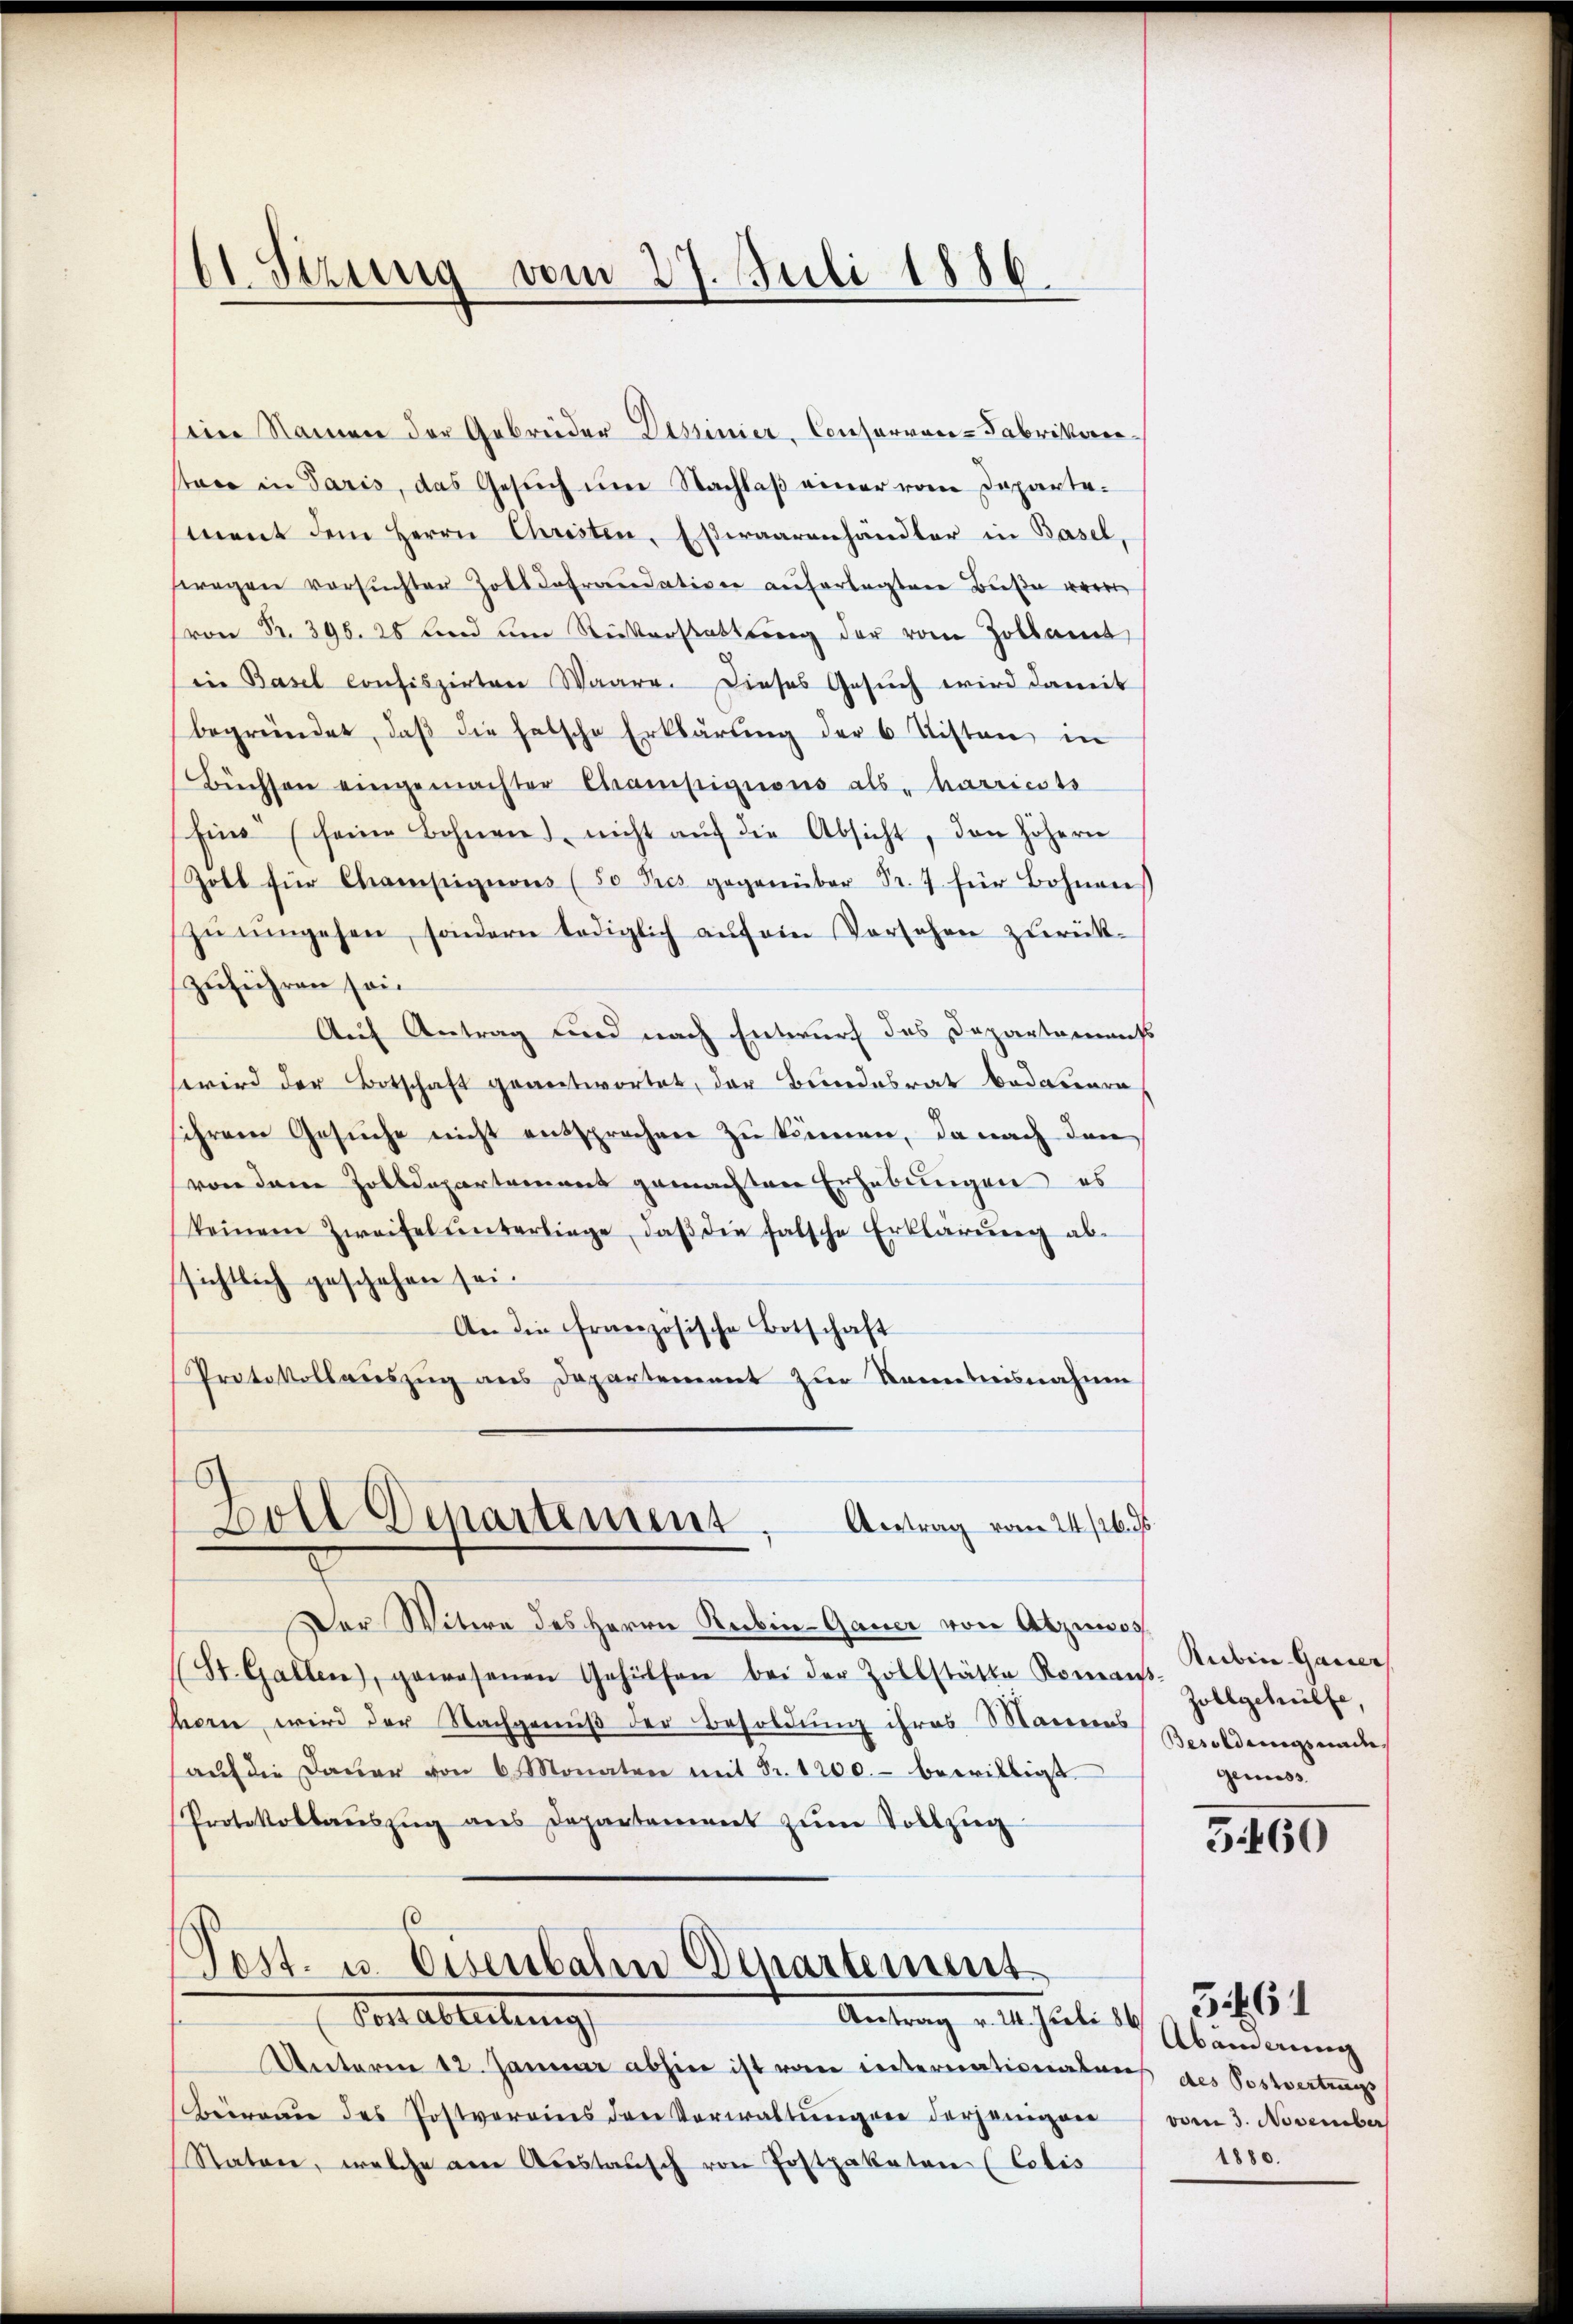
61 Sizung vom 27. Juli 1886

sein Namen der Gebrüder Dessinier, Conservan-Fabrikorrestaxe in Paris, das Gesŭch ŭm Nachlaβ einer vom Departement dem Herrn Christen, Esswaarenhändler in Basel
wagen versŭchten Zolldefraudativen auferlegten Buße wer
von Nr. 396. 28 und um Reiterstattung der vom Zollamt
in Basel confiszirten Waare. Dieses Gesŭch wird damit
begründet, daβ die falsche Erklärung der 6 Kisten in
Büchsen eingemachter Champigions als harricits
Eine (seine Bohnen nicht aŭf die Absicht, den höhern
Zolt für Champigions (so Pres gegenüber Fr. 7 für Bohnen
zŭ ŭmgehen, sondern lediglich aŭf ein Vorsehen zŭrück-
zuführen sei.
Auf Antrag und nach Entwurf das Departements
wwird der Botschaft geantwortet, der Bundesrat bedauern
sihrem Gesuche nicht entsprechen zu können, da nach den
von dem Zolldepartement gemachten Erhebungen es
keinem Zweifel ŭnterliege, daβ die falsche Erklärŭng ab-
sichtlich geschehen sei.
An die französische Botschaft
Protokollauszug aus Departement zur Kenntnisnahmen
Bolle Departement,
Antrag vom 24/26. 96.
Der Witwe des Herrn Reckin-Gauer von Atmos
(St. Gallen, gewesenen Gehülfen bei der Zollstätte Romans. Turbin-Gauer
horn, wird der Nachgewiß der Besoldung ihres Mariens
aŭf die Daŭer von 6 Monaten mit Fr. 1200.- bewilligt
Protokollaŭszŭg ans Departement zŭm Vollzŭg
6
Post. u. Eisenbalen Departement
Post ableitung
Antrag v. M. Juli d. Abendnung
Unterm 12. Januar abhin ist vom internationalens des Postvertungs
Brand des Postverains der Verwaltungen derjeniger
Statore, welche am Austausch von Postpakaten (Cobis

Zollgehülfe,
Besoldungsundes
geniess

3460

vom 3. November
1880.

3. 64